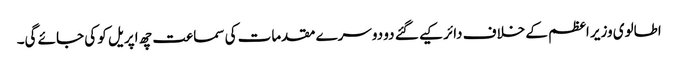
اطالوی وزیر اعظم کے خلاف دائر کیے گئے دو دوسرے مقدمات کی سماعت چھ اپریل کو کی جائے گی۔